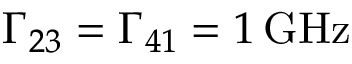
\Gamma _ { 2 3 } = \Gamma _ { 4 1 } = 1 \, \mathrm { G H z }